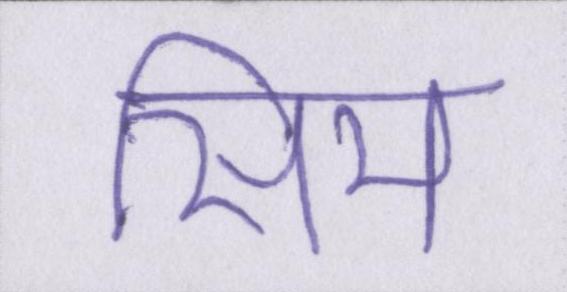
सिम